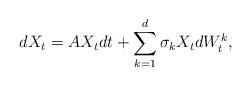
LaTeX: \begin{align*}dX_t=AX_tdt+\sum_{k=1}^{d}\sigma_kX_tdW_t^k,\end{align*}